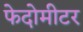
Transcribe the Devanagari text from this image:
फेदोमीटर